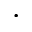
\cdot